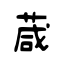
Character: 葴